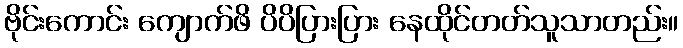
ဗိုင်းကောင်း ကျောက်ဖိ ပိပိပြားပြား နေထိုင်တတ်သူသာတည်း။